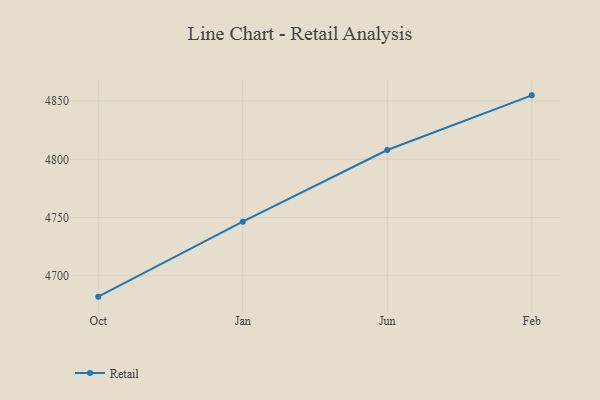
{"axis": {"x": "Month", "y": "Customer Acquisition Cost (USD)"}, "legend": ["Retail"], "data": [{"x": "Oct", "y": 4682.1, "type": "Retail"}, {"x": "Jan", "y": 4746.5, "type": "Retail"}, {"x": "Jun", "y": 4808.0, "type": "Retail"}, {"x": "Feb", "y": 4854.9, "type": "Retail"}]}